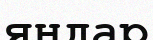
яндар